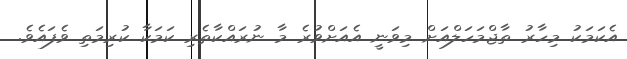
އެކަމަކު މިހާރު ތާޖްމަހަލްއަށް މިވަނީ އެއަށްވުރެ މާ ނުރައްކާތެރި ކަމަކާ ކުރިމަތި ވެފައެވެ.